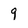
Character: 9